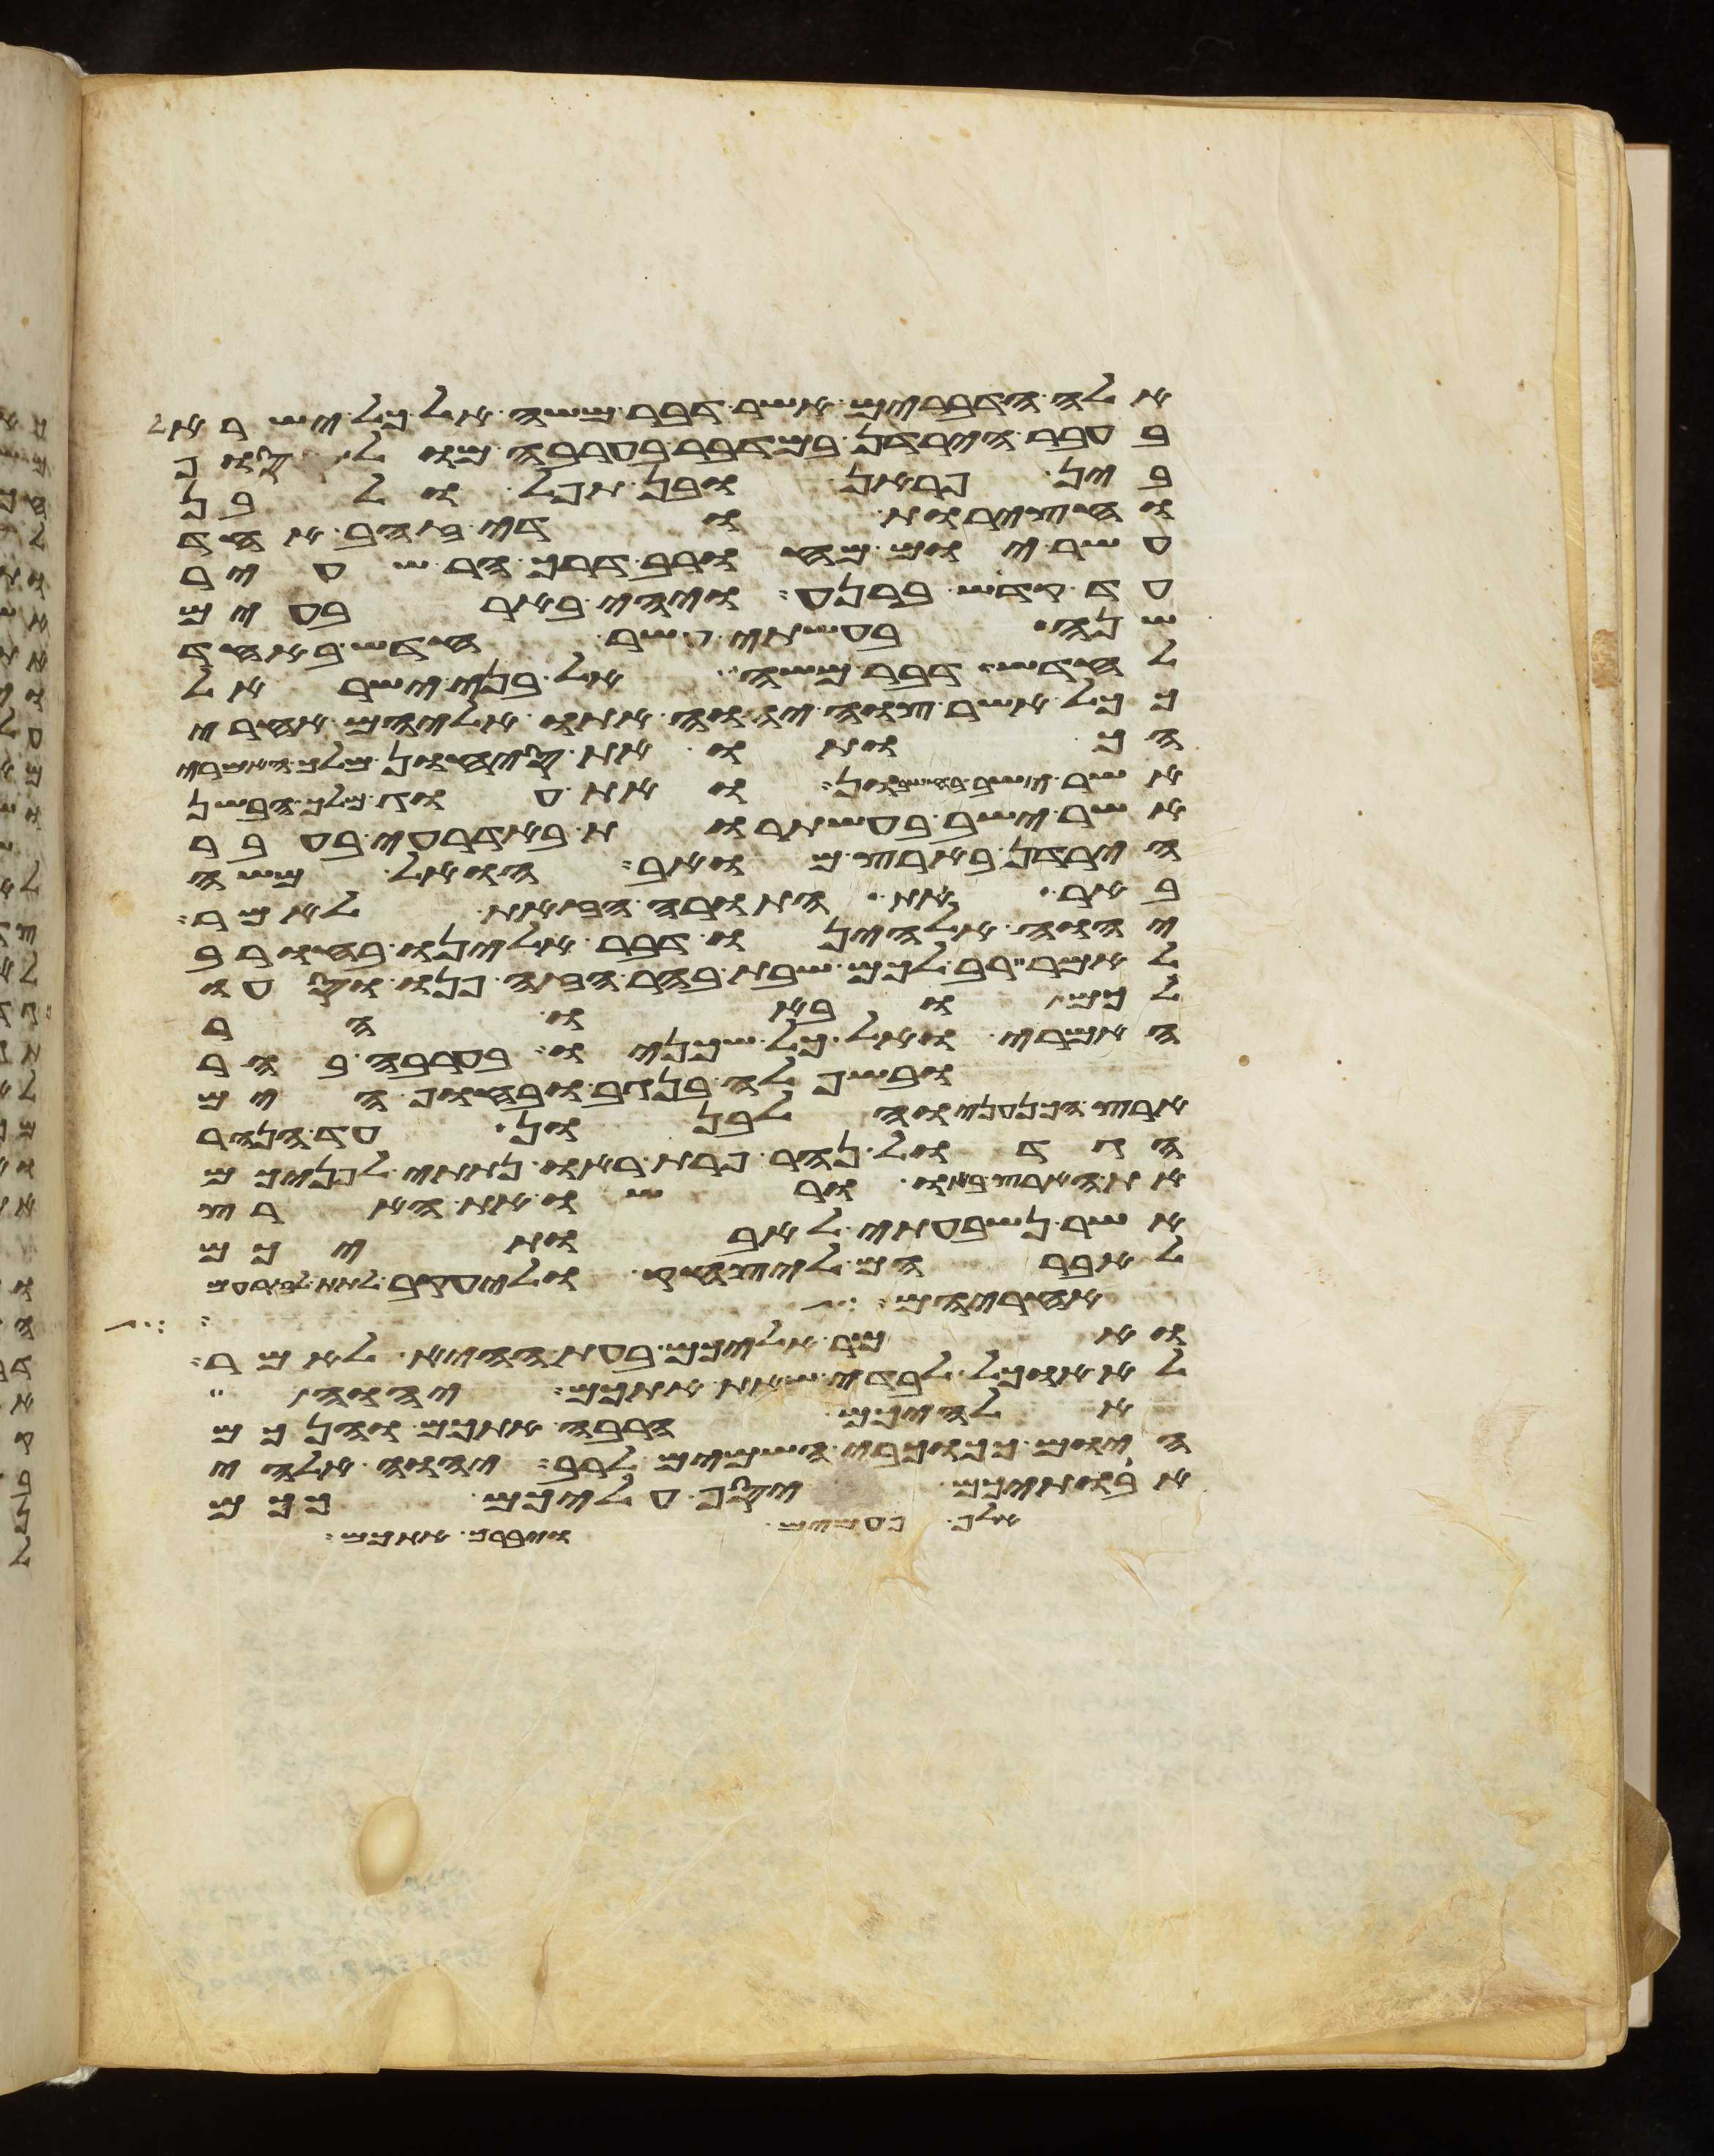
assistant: אלה הדברים אשר דבר משה אל כל ישראל
בעבר הירדן במדבר בערבה מול סוף
בין פראן ובין תפל ולבן
וחצרות ודי זהב אחד
עשר יום מחורב דרך הר שעיר
עד קדש ברנע ויהי בארבעים
שנה בעשתי עשר חדש באחד
לחדש דבר משה אל בני ישראל
ככל אשר צוה יהוה אתו אליהם אחרי
הכותו את סיחון מלך האמרי
אשר ישב בחשבון ואת עוג מלך הבשן
אשר ישב בעשתרות באדרעי בעבר
הירדן בארץ מואב הואל משה
באר את התורה הזאת לאמר
יהוה אלהינו דבר אלינו בחורב
לאמר רב לכם שבת בהר הזה פנו וסעו
לכם ובאו הר
האמרי ואל כל שכינו בערבה בהר
ובשפלה בנגב ובחוף הים
ארץ הכנעני והלבנון עד הנהר
הגדול נהר פרת ראו נתתי לפניכם
את הארץ באו ורשו את הארץ
אשר נשבעתי לאבתיכם
לאברהם ליצחק וליעקב לתת לזרעם
אחריהם לך
ואמר אליכם בעת ההיא לאמר
לא אוכל לבדי שאת אתכם יהוה
אלהיכם הרבה אתכם והנכם
היום ככוכבי השמים לרב יהוה אלהי
אבתיכם יסף עליכם ככם
אלף פעמים ויברך אתכם